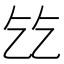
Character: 𬼠